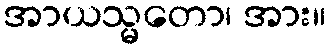
အာယသ္မတော၊ အား။